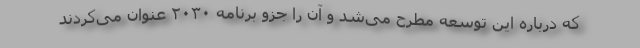
که درباره این توسعه مطرح می‌شد و آن را جزو برنامه ۲۰۳۰ عنوان می‌کردند